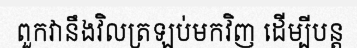
ពួកវានឹងវិលត្រឡប់មកវិញ ដើម្បីបន្ត